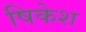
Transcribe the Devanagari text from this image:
षिकेश